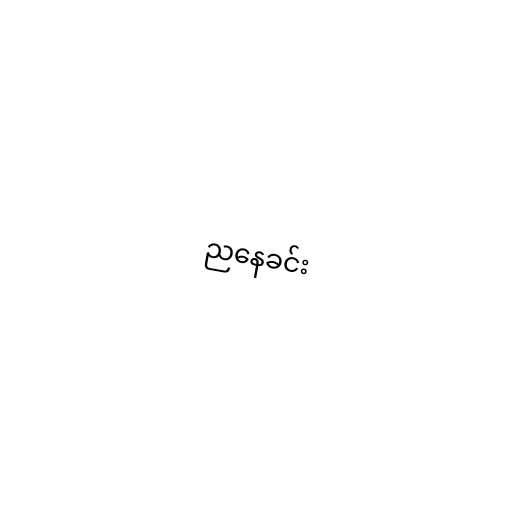
ညနေခင်း